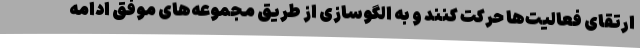
ارتقای فعالیت‌ها حرکت کنند و به الگوسازی از طریق مجموعه‌های موفق ادامه